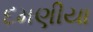
દમણીયા